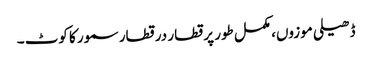
ڈھیلی موزوں، مکمل طور پر قطار در قطار سمور کا کوٹ ۔